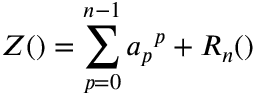
Z ( \l ) = \sum _ { p = 0 } ^ { n - 1 } a _ { p } \l ^ { p } + R _ { n } ( \l )